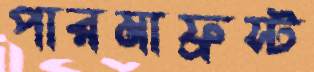
পারমাফ্রস্ট